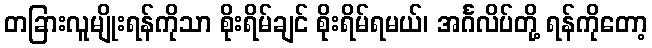
တခြားလူမျိုးရန်ကိုသာ စိုးရိမ်ချင် စိုးရိမ်ရမယ်၊ အင်္ဂလိပ်တို့ ရန်ကိုတော့